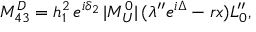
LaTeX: M _ { 4 3 } ^ { D } = h _ { 1 } ^ { 2 } \, e ^ { i \delta _ { 2 } } \, | M _ { U } ^ { 0 } | \, ( \lambda ^ { \prime \prime } e ^ { i \Delta } - r x ) L _ { 0 } ^ { \prime \prime } ,